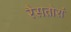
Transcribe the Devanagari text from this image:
रैसतोरां